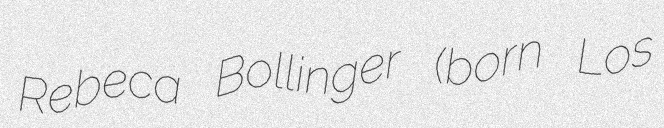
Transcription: Rebeca Bollinger (born Los